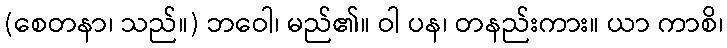
(စေတနာ၊ သည်။) ဘဝေါ၊ မည်၏။ ဝါ ပန၊ တနည်းကား။ ယာ ကာစိ၊